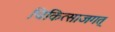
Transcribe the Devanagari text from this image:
चिकित्साजगत्